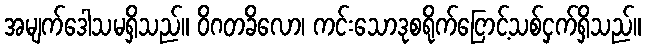
အမျက်ဒေါသမရှိသည်။ ဝိဂတခိလော၊ ကင်းသောဒုစရိုက်ငြောင့်သစ်ငှက်ရှိသည်။